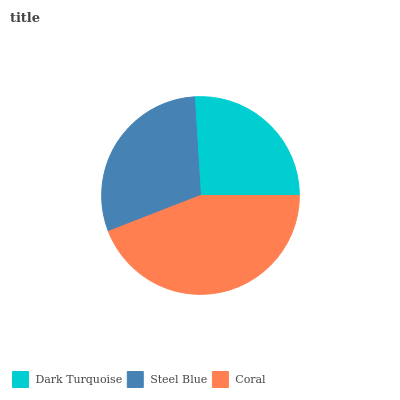
| Dark Turquoise | Steel Blue | Coral |
 | --- | --- | --- |
 | 26% | 29.9% | 44.1% |